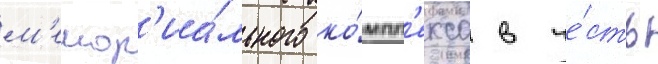
м'емор'иа́льного ко́мпл'екса в че́сть